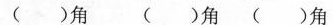
( )角( )角( )角